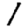
Digit: 1